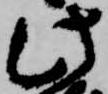
此